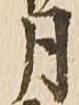
月